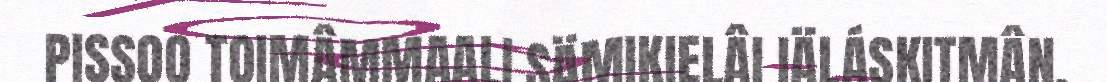
PISSOO TOIMÂMMAALI SÄMIKIELÂI IÄLÁSKITMÂN.